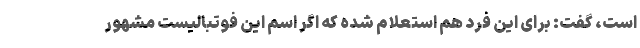
است، گفت: برای این فرد هم استعلام شده که اگر اسم این فوتبالیست مشهور